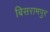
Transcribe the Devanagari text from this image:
बिसरामपुर